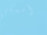
أمسكي